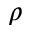
\rho